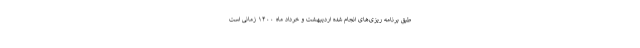
طبق برنامه ریزی‌های انجام شده اردیبهشت و خرداد ماه ۱۴۰۰ زمانی است